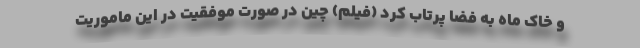
و خاک ماه به فضا پرتاب کرد (فیلم) چین در صورت موفقیت در این ماموریت